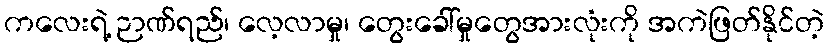
ကလေးရဲ့ ဉာဏ်ရည်၊ လေ့လာမှု၊ တွေးခေါ်မှုတွေအားလုံးကို အကဲဖြတ်နိုင်တဲ့